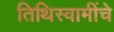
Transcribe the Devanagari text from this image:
तिथिस्वामींचे